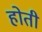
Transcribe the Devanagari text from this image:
हाेती